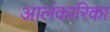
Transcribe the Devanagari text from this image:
आलंकारिका